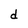
Character: d